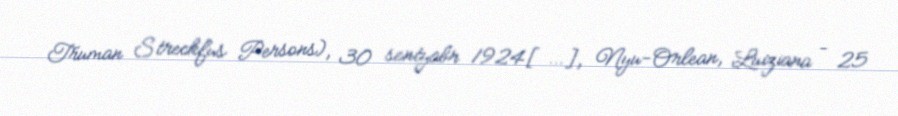
Truman Streckfus Persons), 30 sentyabr 1924[…], Nyu-Orlean, Luiziana – 25